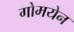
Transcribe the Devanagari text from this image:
गोमयेन